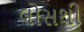
લોસથી